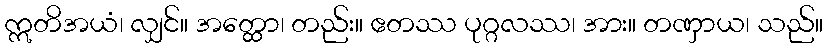
ဣတိအယံ၊ လျှင်။ အတ္ထော၊ တည်း။ ဧတဿ ပုဂ္ဂလဿ၊ အား။ တဏှာယ၊ သည်။